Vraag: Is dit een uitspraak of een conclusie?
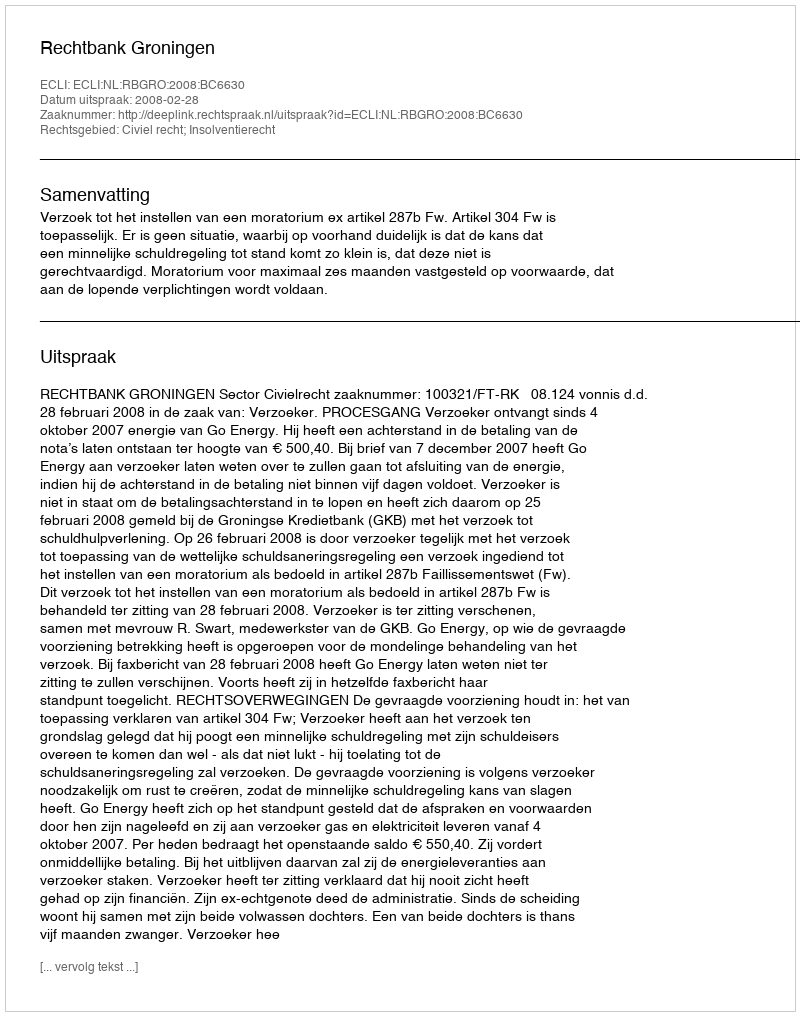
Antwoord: Uitspraak